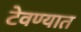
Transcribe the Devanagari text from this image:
टेवण्यात